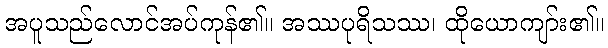
အပူသည်လောင်အပ်ကုန်၏။ အဿပုရိသဿ၊ ထိုယောကျာ်း၏။